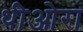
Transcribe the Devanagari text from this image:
थीओरा